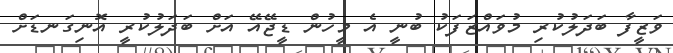
ވަޒީފާ ބަދަލުކުރި މުވައްޒަފަކު ބުނީ އެ މީހުން ޑީޖޭއޭ އަށް ބަދަލުކުރީ އޮނިގަނޑަށް